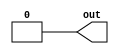
// This program was cloned from: https://github.com/siliconcompiler/scgallery
// License: Apache License 2.0

// See LICENSE.SiFive for license details.

//VCS coverage exclude_file

// No default parameter values are intended, nor does IEEE 1800-2012 require them (clause A.2.4 param_assignment),
// but Incisive demands them. These default values should never be used.
module plusarg_reader #(parameter FORMAT="borked=%d", DEFAULT=0, WIDTH=1) (
   output [WIDTH-1:0] out
);

`ifdef SYNTHESIS
assign out = DEFAULT;
`else
reg [WIDTH-1:0] myplus;
assign out = myplus;

initial begin
   if (!$value$plusargs(FORMAT, myplus)) myplus = DEFAULT;
end
`endif

endmodule